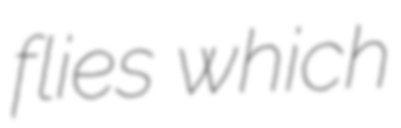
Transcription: flies which